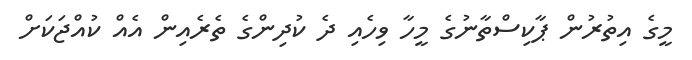
މީގެ އިތުރުން ޕާކިސްތާނުގެ މީހާ ވިހެއި ދެ ކުދިންގެ ތެރެއިން އެއް ކުއްޖަކަށް